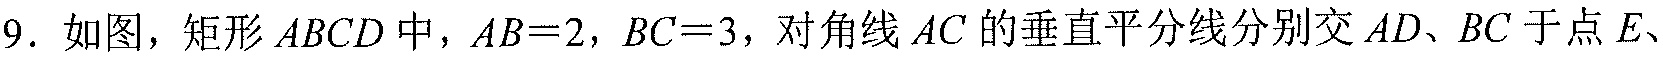
9. 如图，矩形\(ABCD\)中，\(AB = 2\)，\(BC = 3\)，对角线\(AC\)的垂直平分线分别交\(AD\)、\(BC\)于点\(E\)、